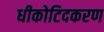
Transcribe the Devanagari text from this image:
धीकोटिदकरण